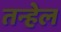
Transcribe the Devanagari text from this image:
तन्हेल